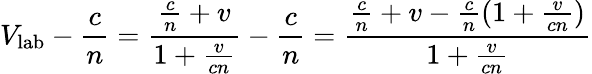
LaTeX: V_{\mathrm{lab}}-{\frac{c}{n}}={\frac{{\frac{c}{n}}+v}{1+{\frac{v}{cn}}}}-{\frac{c}{n}}={\frac{{\frac{c}{n}}+v-{\frac{c}{n}}(1+{\frac{v}{cn}})}{1+{\frac{v}{cn}}}}